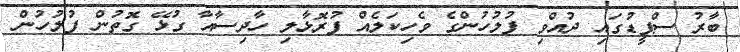
ބާރު ސްޕީޑުގައި ދުއްވި ފުލުހުންގެ ވެހިކަލެއް ފުރޮޅާލި ހާދިސާއާ ގުޅޭ ގޮތުން ފުލުހުން